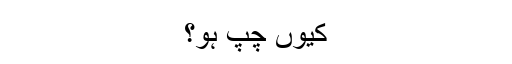
کیوں چپ ہو؟